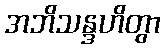
အဘိသန္ဒဟိတွာ